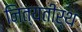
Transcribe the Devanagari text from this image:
नित्यतीर्थ